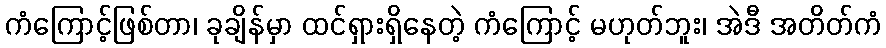
ကံကြောင့်ဖြစ်တာ၊ ခုချိန်မှာ ထင်ရှားရှိနေတဲ့ ကံကြောင့် မဟုတ်ဘူး၊ အဲဒီ အတိတ်ကံ